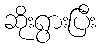
ဆိုးရွားပြီး